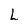
Character: L